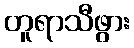
တူရာသီဖွား